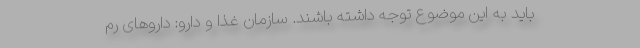
باید به این موضوع توجه داشته باشند. سازمان غذا و دارو: داروهای رم